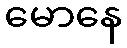
မောနေ